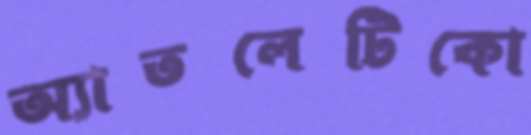
অ্যাতলেটিকো